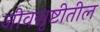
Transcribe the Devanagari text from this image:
जीवसृष्टीतील